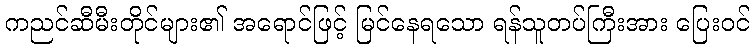
ကညင်ဆီမီးတိုင်များ၏ အရောင်ဖြင့် မြင်နေရသော ရန်သူတပ်ကြီးအား ပြေးဝင်